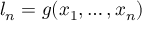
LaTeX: l _ { n } = g ( x _ { 1 } , \ldots , x _ { n } )